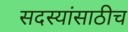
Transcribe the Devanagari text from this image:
सदस्यांसाठीच